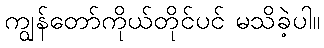
ကျွန်တော်ကိုယ်တိုင်ပင် မသိခဲ့ပါ။